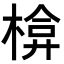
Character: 𭫃